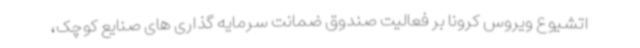
اتشیوع ویروس کرونا بر فعالیت صندوق ضمانت سرمایه گذاری های صنایع کوچک،